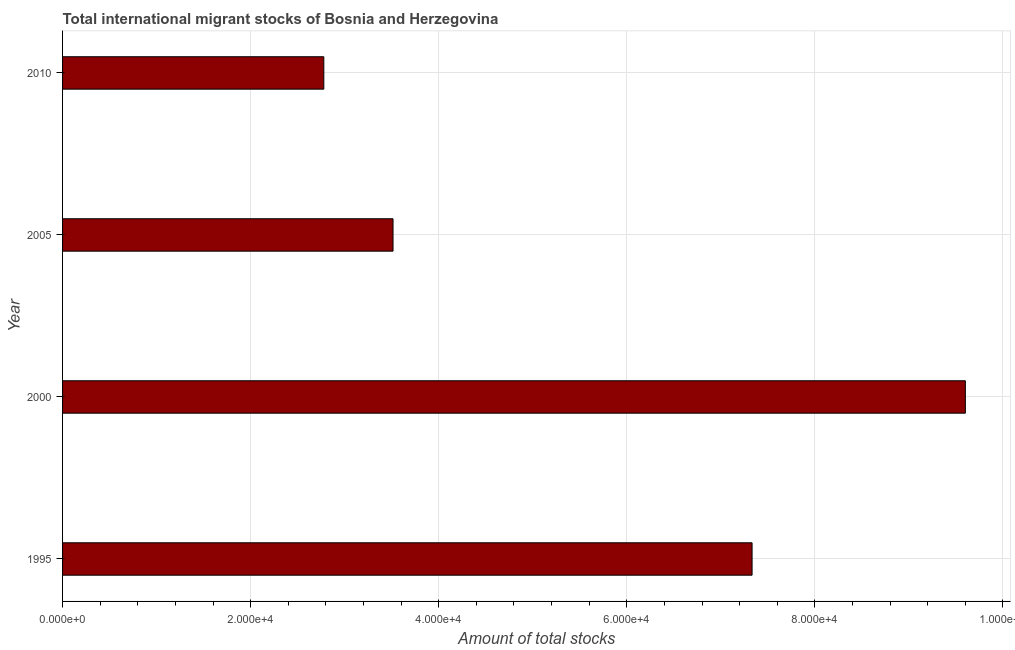
| Year | International migrant stock |
 | --- | --- |
 | 1995 | 7.33e+04 |
 | 2000 | 9.6e+04 |
 | 2005 | 3.51e+04 |
 | 2010 | 2.78e+04 |